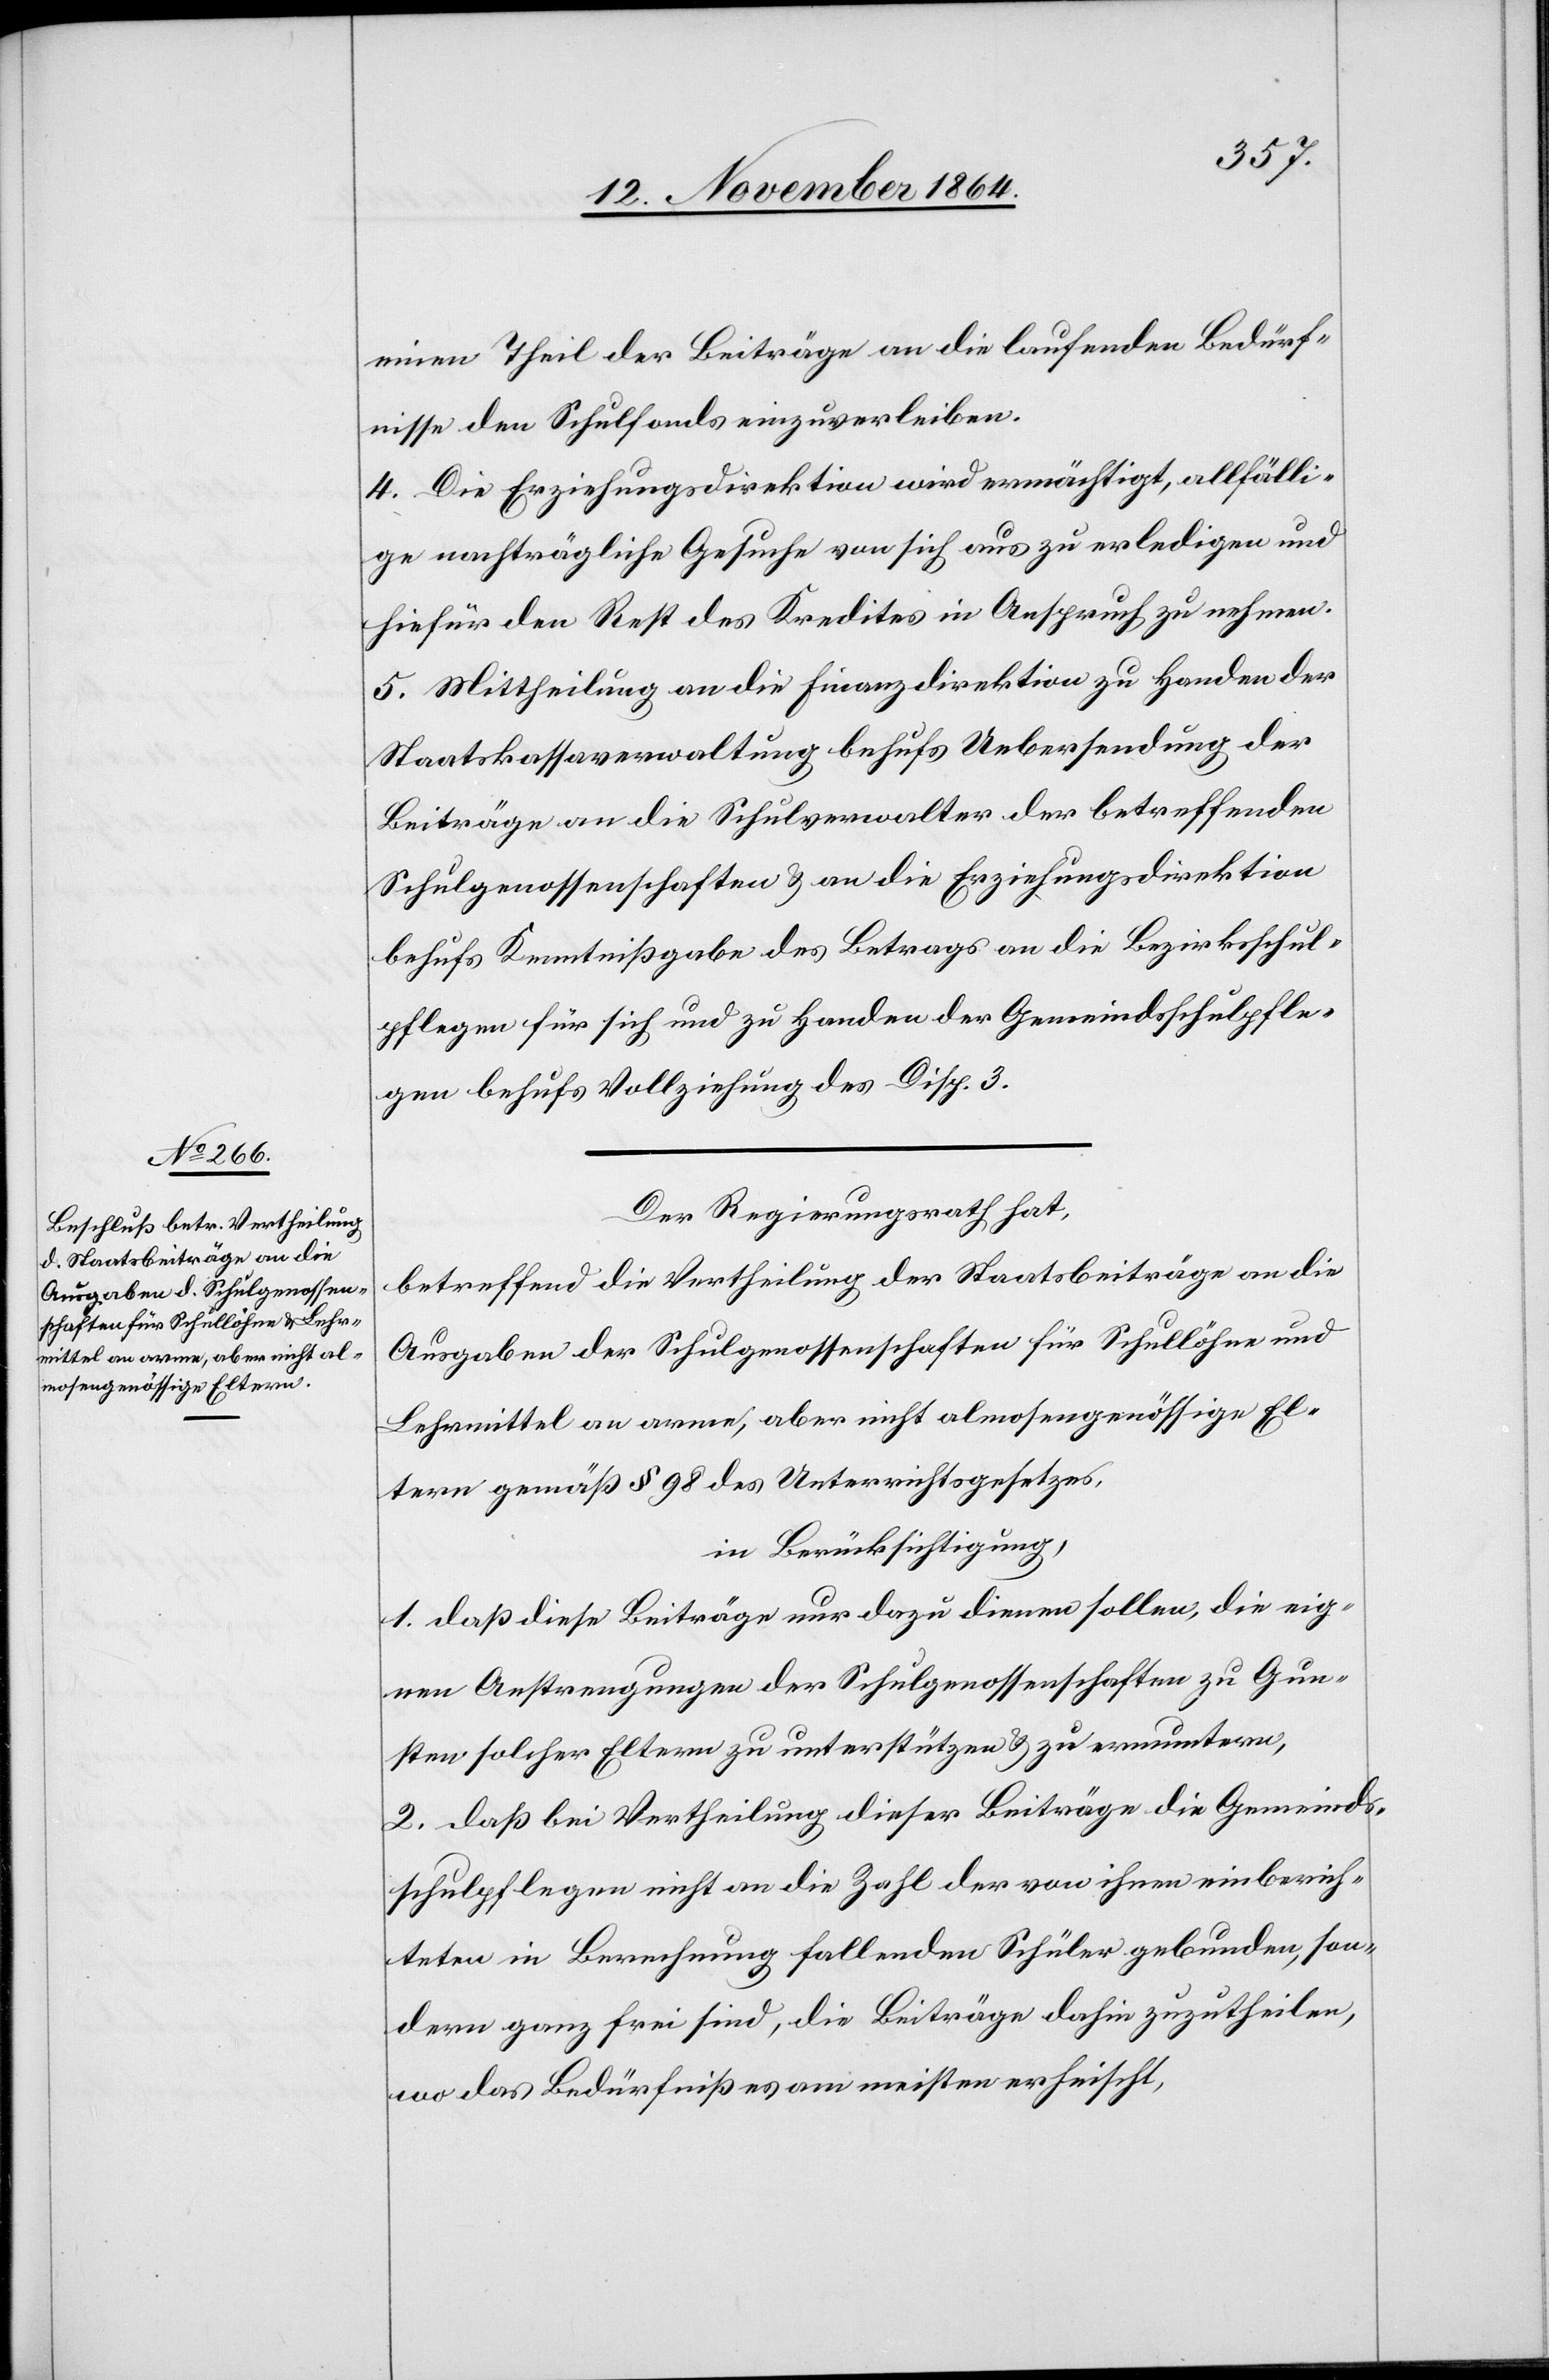
einen Theil der Beiträge an die laufenden Bedürf¬
nisse den Schulfonds einzuverleiben.
4. Die Erziehungsdirektion wird ermächtigt, allfälli¬
ge nachträgliche Gesuche von sich aus zu erledigen und
hiefür den Rest des Kredites in Anspruch zu nehmen.
5. Mittheilung an die Finanzdirektion zu Handen der
Staatskassaverwaltung behufs Uebersendung der
Beiträge an die Schulverwalter der betreffenden
Schulgenossenschaften & an die Erziehungsdirektion
behufs Kenntnißgabe des Betrags an die Bezirksschul¬
pflegen für sich und zu Handen der Gemeindsschulpfle¬
gen behufs Vollziehung des Disp. 3.
Der Regierungsrath hat,
betreffend die Vertheilung der Staatsbeiträge an die
Ausgaben der Schulgenossenschaften für Schullöhne und
Lehrmittel an arme, aber nicht almosengenössige El¬
tern gemäß § 98 des Unterrichtsgesetzes,
in Berücksichtigung,
1. daß diese Beiträge nur dazu dienen sollen, die eig¬
nen Anstrengungen der Schulgenossenschaften zu Gun¬
sten solcher Eltern zu unterstützen & zu ermuntern,
2. daß bei Vertheilung dieser Beiträge die Gemeinds¬
schulpflegen nicht an die Zahl der von ihnen einberich¬
teten in Berechnung fallenden Schüler gebunden, son¬
dern ganz frei sind, die Beiträge dahin zuzutheilen,
wo das Bedürfniß es am meisten erheischt,